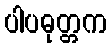
ပါပဓုတ္တက